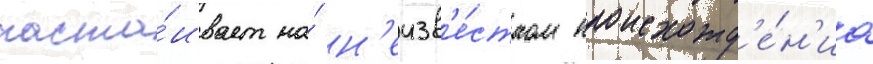
наста́ивает на́ н'еизв'е́стном происхожд'е́н'иа